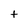
Character: t